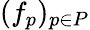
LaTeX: (f_{p})_{p\in P}